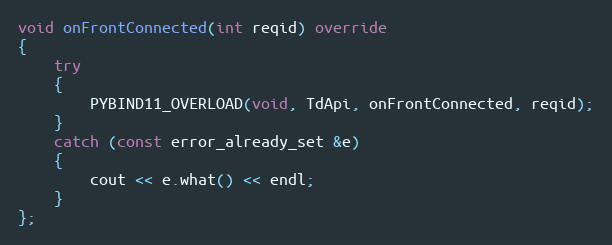
Language: C++
void onFrontConnected(int reqid) override
{
	try
	{
		PYBIND11_OVERLOAD(void, TdApi, onFrontConnected, reqid);
	}
	catch (const error_already_set &e)
	{
		cout << e.what() << endl;
	}
};